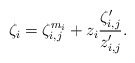
\begin{align*} \zeta_i = \zeta_{i,j}^{m_i} + z_i \frac{\zeta_{i,j}'}{z_{i,j}'}. \end{align*}